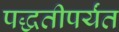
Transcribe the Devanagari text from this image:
पद्धतीपर्यंत